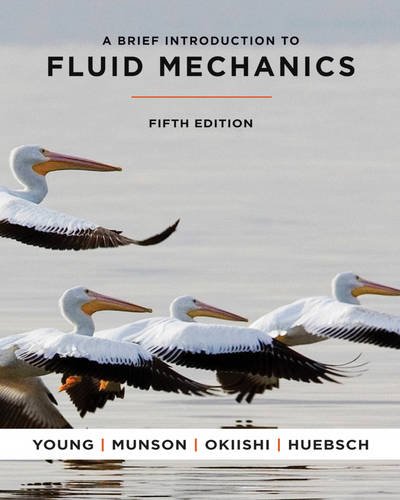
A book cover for A Brief Introduction To Fluid Mechanics; Donald F. Young; Science & Math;